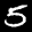
Label: 5